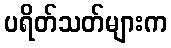
ပရိတ်သတ်များက